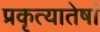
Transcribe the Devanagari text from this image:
प्रकृत्यातेषां